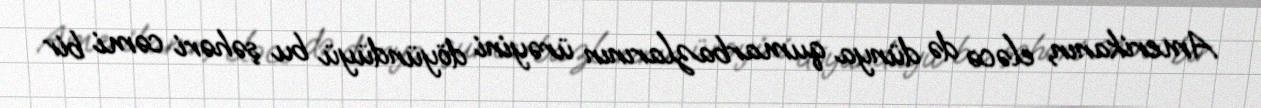
Amerikanın, eləcə də dünya qumarbazlarının ürəyini döyündüyü bu şəhəri cəmi bir